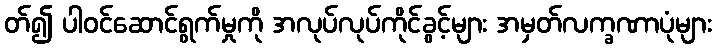
တ်၍ ပါဝင်ဆောင်ရွက်မှုကို အလုပ်လုပ်ကိုင်ခွင့်များ အမှတ်လက္ခဏာပုံများ